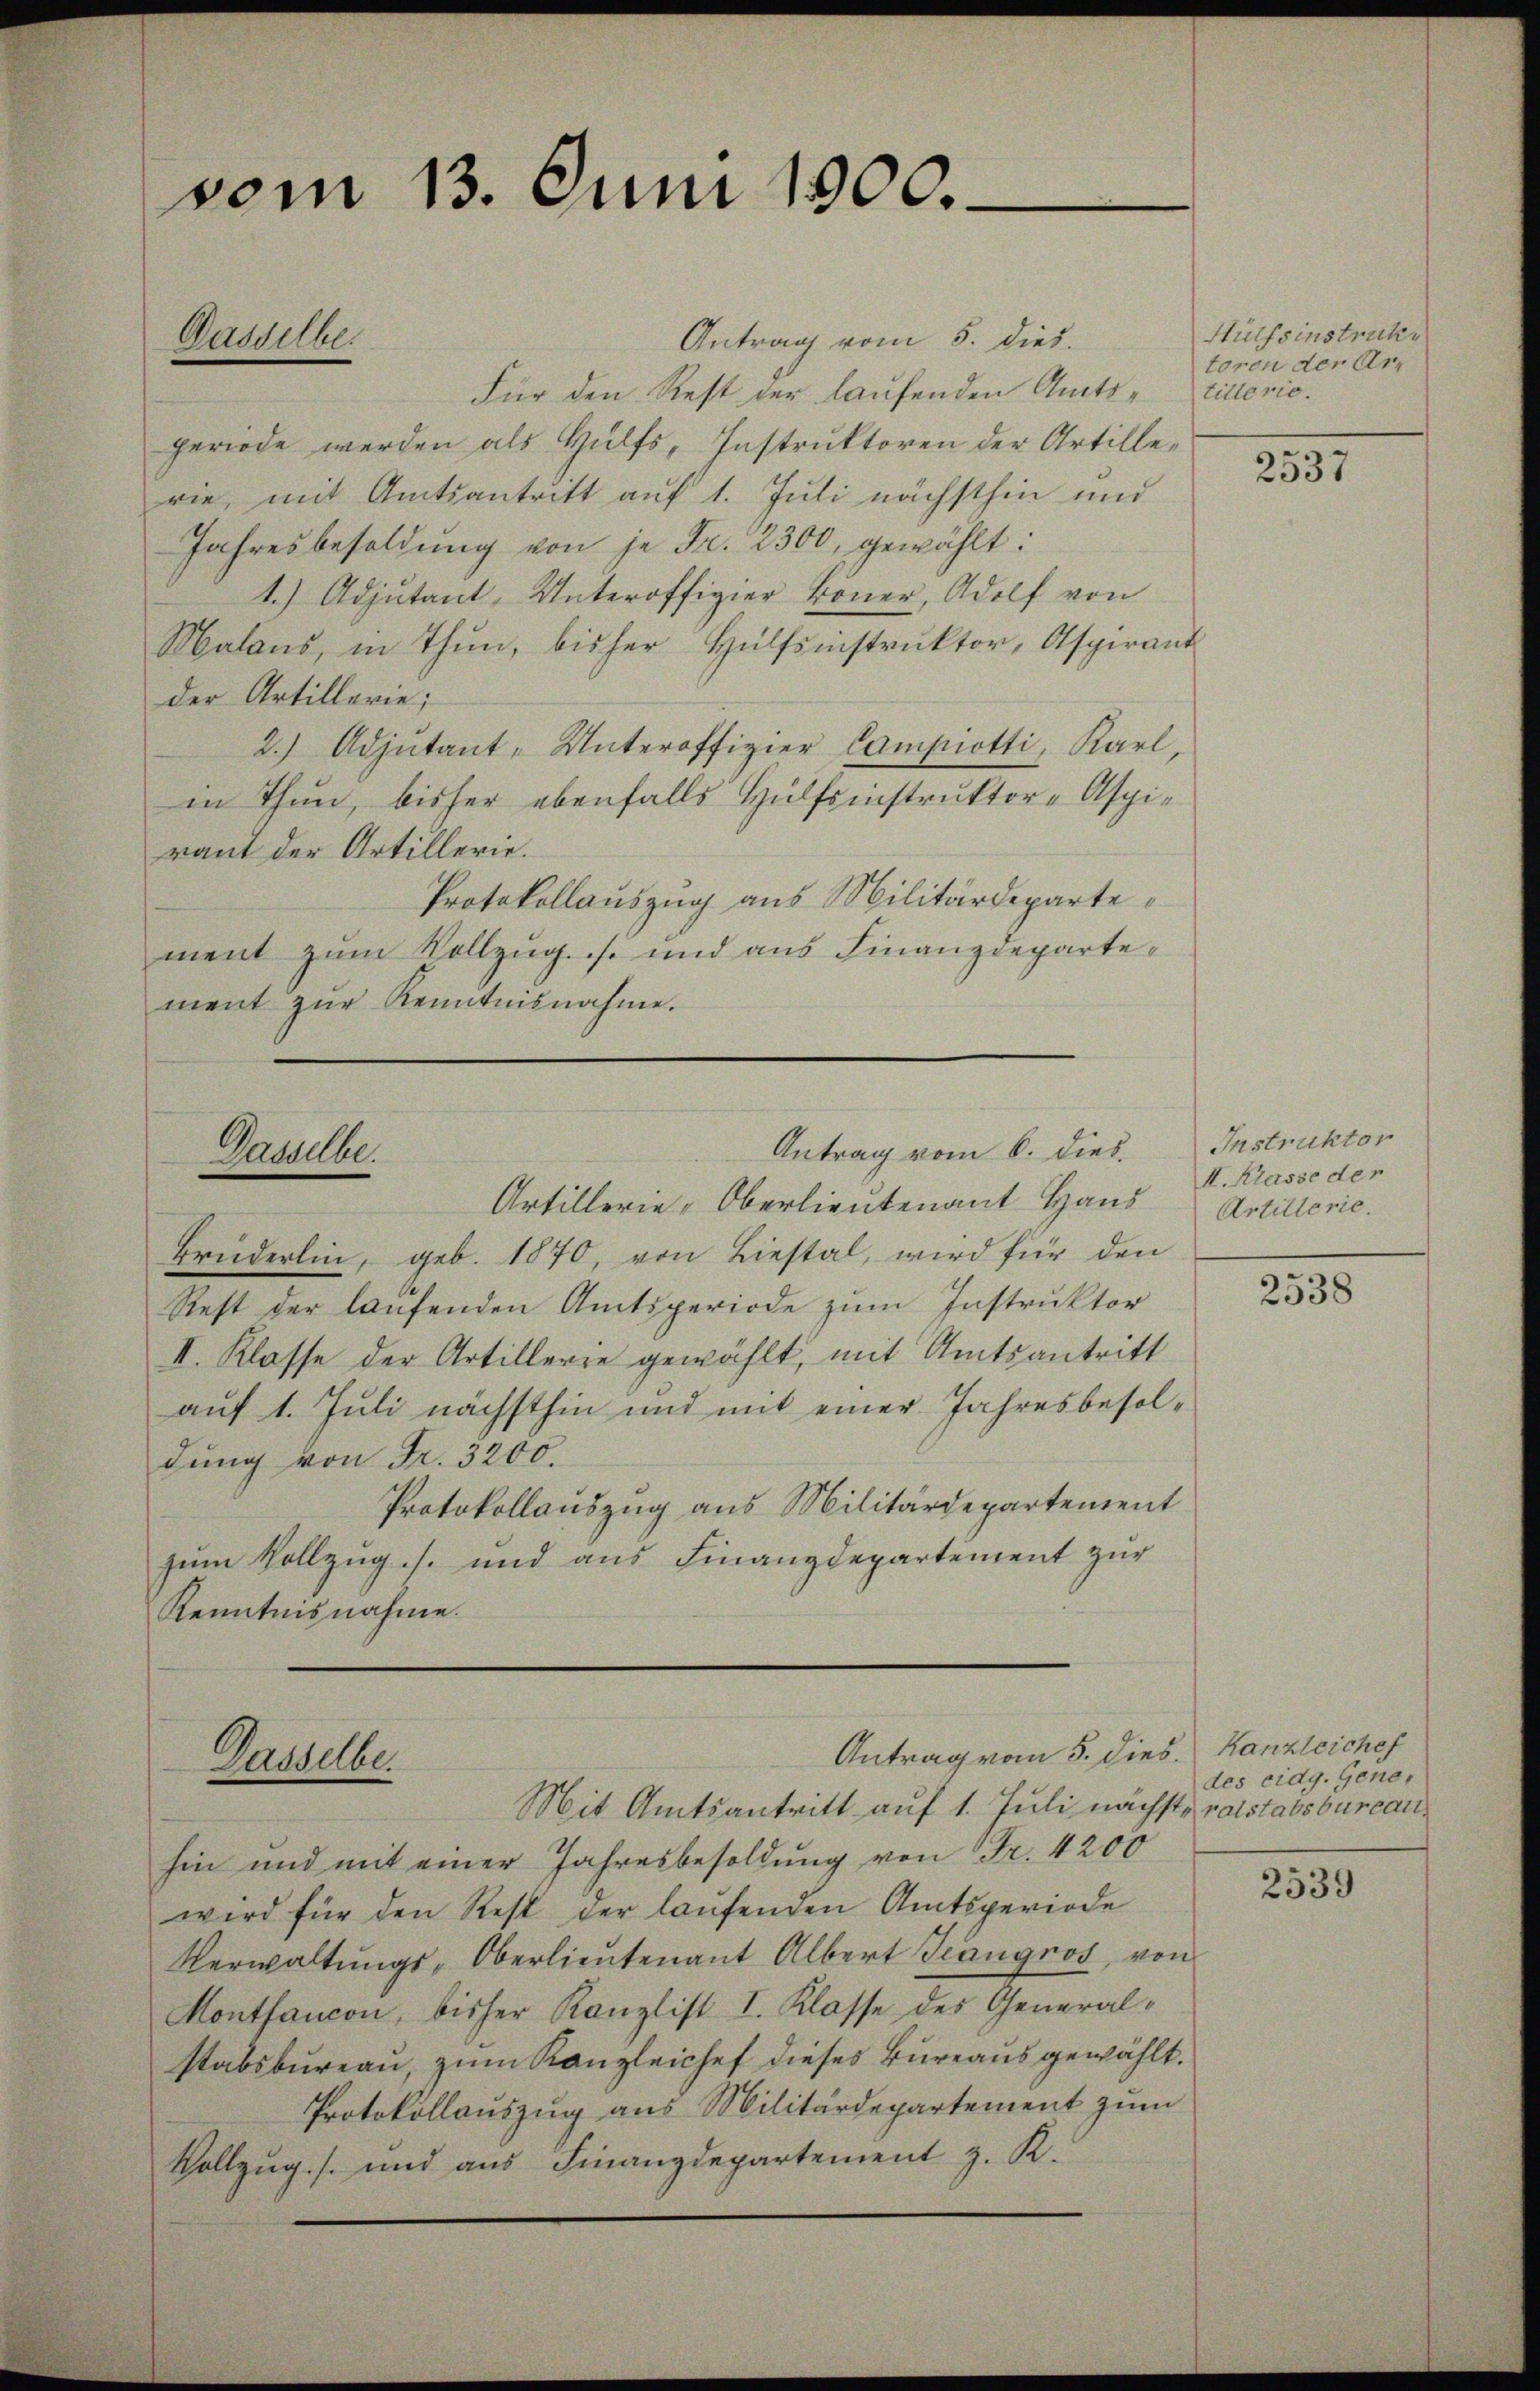
Für den Rest der laufenden Amtstillerie.
periode werden als Hülfs, Instruktoren der Artillerie, mit Amtsantritt auf 1. Juli nächsthin und
Jahresbesoldung von je Fr. 2300, gewählt:
1.) Adjutant, Unteroffigier köner, Adolf von
Malans, in Thun, bisher Hülfsinstrŭktor, Aspirant
der Artillerie;
2.) Adjutant- Unteroffizier Campiotti, Karl,
in Thun, bisher ebenfalls Hülfsinstruktor-Aspiraut der Artillerie.
Protokollauszug aus Militärdepartement zum Vollzug. s. und aus Finanzdepartement zŭr Kenntnisnahme.

vom 13. Juni 1900.
Antrag vom 5. dies.
Gasselbe

Antrag vom 6. dies. Instruktor
Dasselbe.
Artillerie-Oberlieutenant Haus

Dasselbe.

Brüderlin, geb. 1870, von Liestal, wird für den
Rest der laufenden Amtsperiode zum Instruktor
II. Klasse der Artillerre gewählt, mit Amtsantritt
auf 1. Juli nächsthin und mit einer Jahresbesoldung von Fr. 3200.
Protokollauszug aus Militärdepartement
zŭm Vollzug s. und ans Finanzdepartement zŭr
Kenntnisnahme.

Antrag vom 5. dies. Kanzleichef

Mit Amtsantritt auf 1. Juli nächste ratstabsbureauhin und mit einer Jahresbesoldung von Fr. 4200
wird für den Rest der laŭfenden Amtsperiode
Verwaltungs-Oberlieutenant Albert Tangros, von
Montancon, bisher Kanzlist I. Klasse des General-
stabsbureau, zum Kanzleichef dieses Bureaus gewählt.
Protokollauszug aus Militärdepartement zum
Vollzug. s. und aus Finanzdepartement z. K.

Hülfsinstruke
toren der Ar¬

2537

I. Klasse der
Artillerie.

2538

des eidg. Gene¬

2539